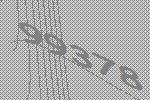
99378